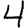
Digit: 4